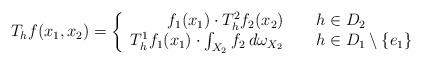
LaTeX: \begin{align*}T_{h}f(x_1,x_2)= \left\{\begin{array}{r@{\quad\quad}l}f_1(x_1)\cdot T_h^2f_2(x_2) & h\in D_2\\ T_h^1f_1(x_1) \cdot\int_{X_2} f_2\> d\omega_{X_2} & h\in D_1\setminus\{e_1\}\end{array}\right.\end{align*}